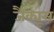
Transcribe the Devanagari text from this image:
जैक्यूस